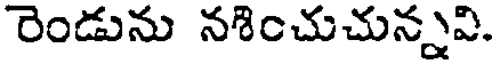
రెండును నశించుచున్నవి.